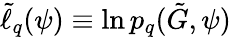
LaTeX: \tilde{\ell}_{q}(\psi)\equiv\ln p_{q}(\tilde{G},\psi)